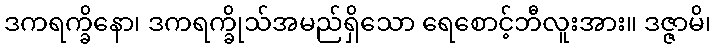
ဒကရက္ခိနော၊ ဒကရက္ခိုသ်အမည်ရှိသော ရေစောင့်ဘီလူးအား။ ဒဇ္ဇာမိ၊